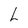
Character: L